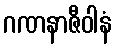
ဂဏနာဇီဝါနံ